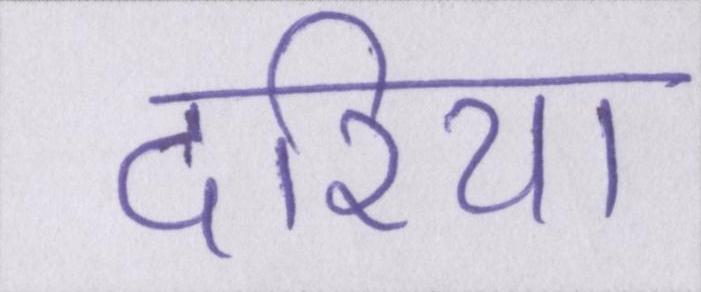
दरिया